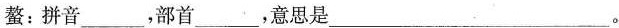
螯：拼音___，部首___，意思是___。